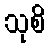
သုစိ